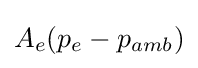
A_{e}(p_{e}-p_{amb})